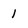
Character: 1